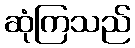
ဆုံကြသည်